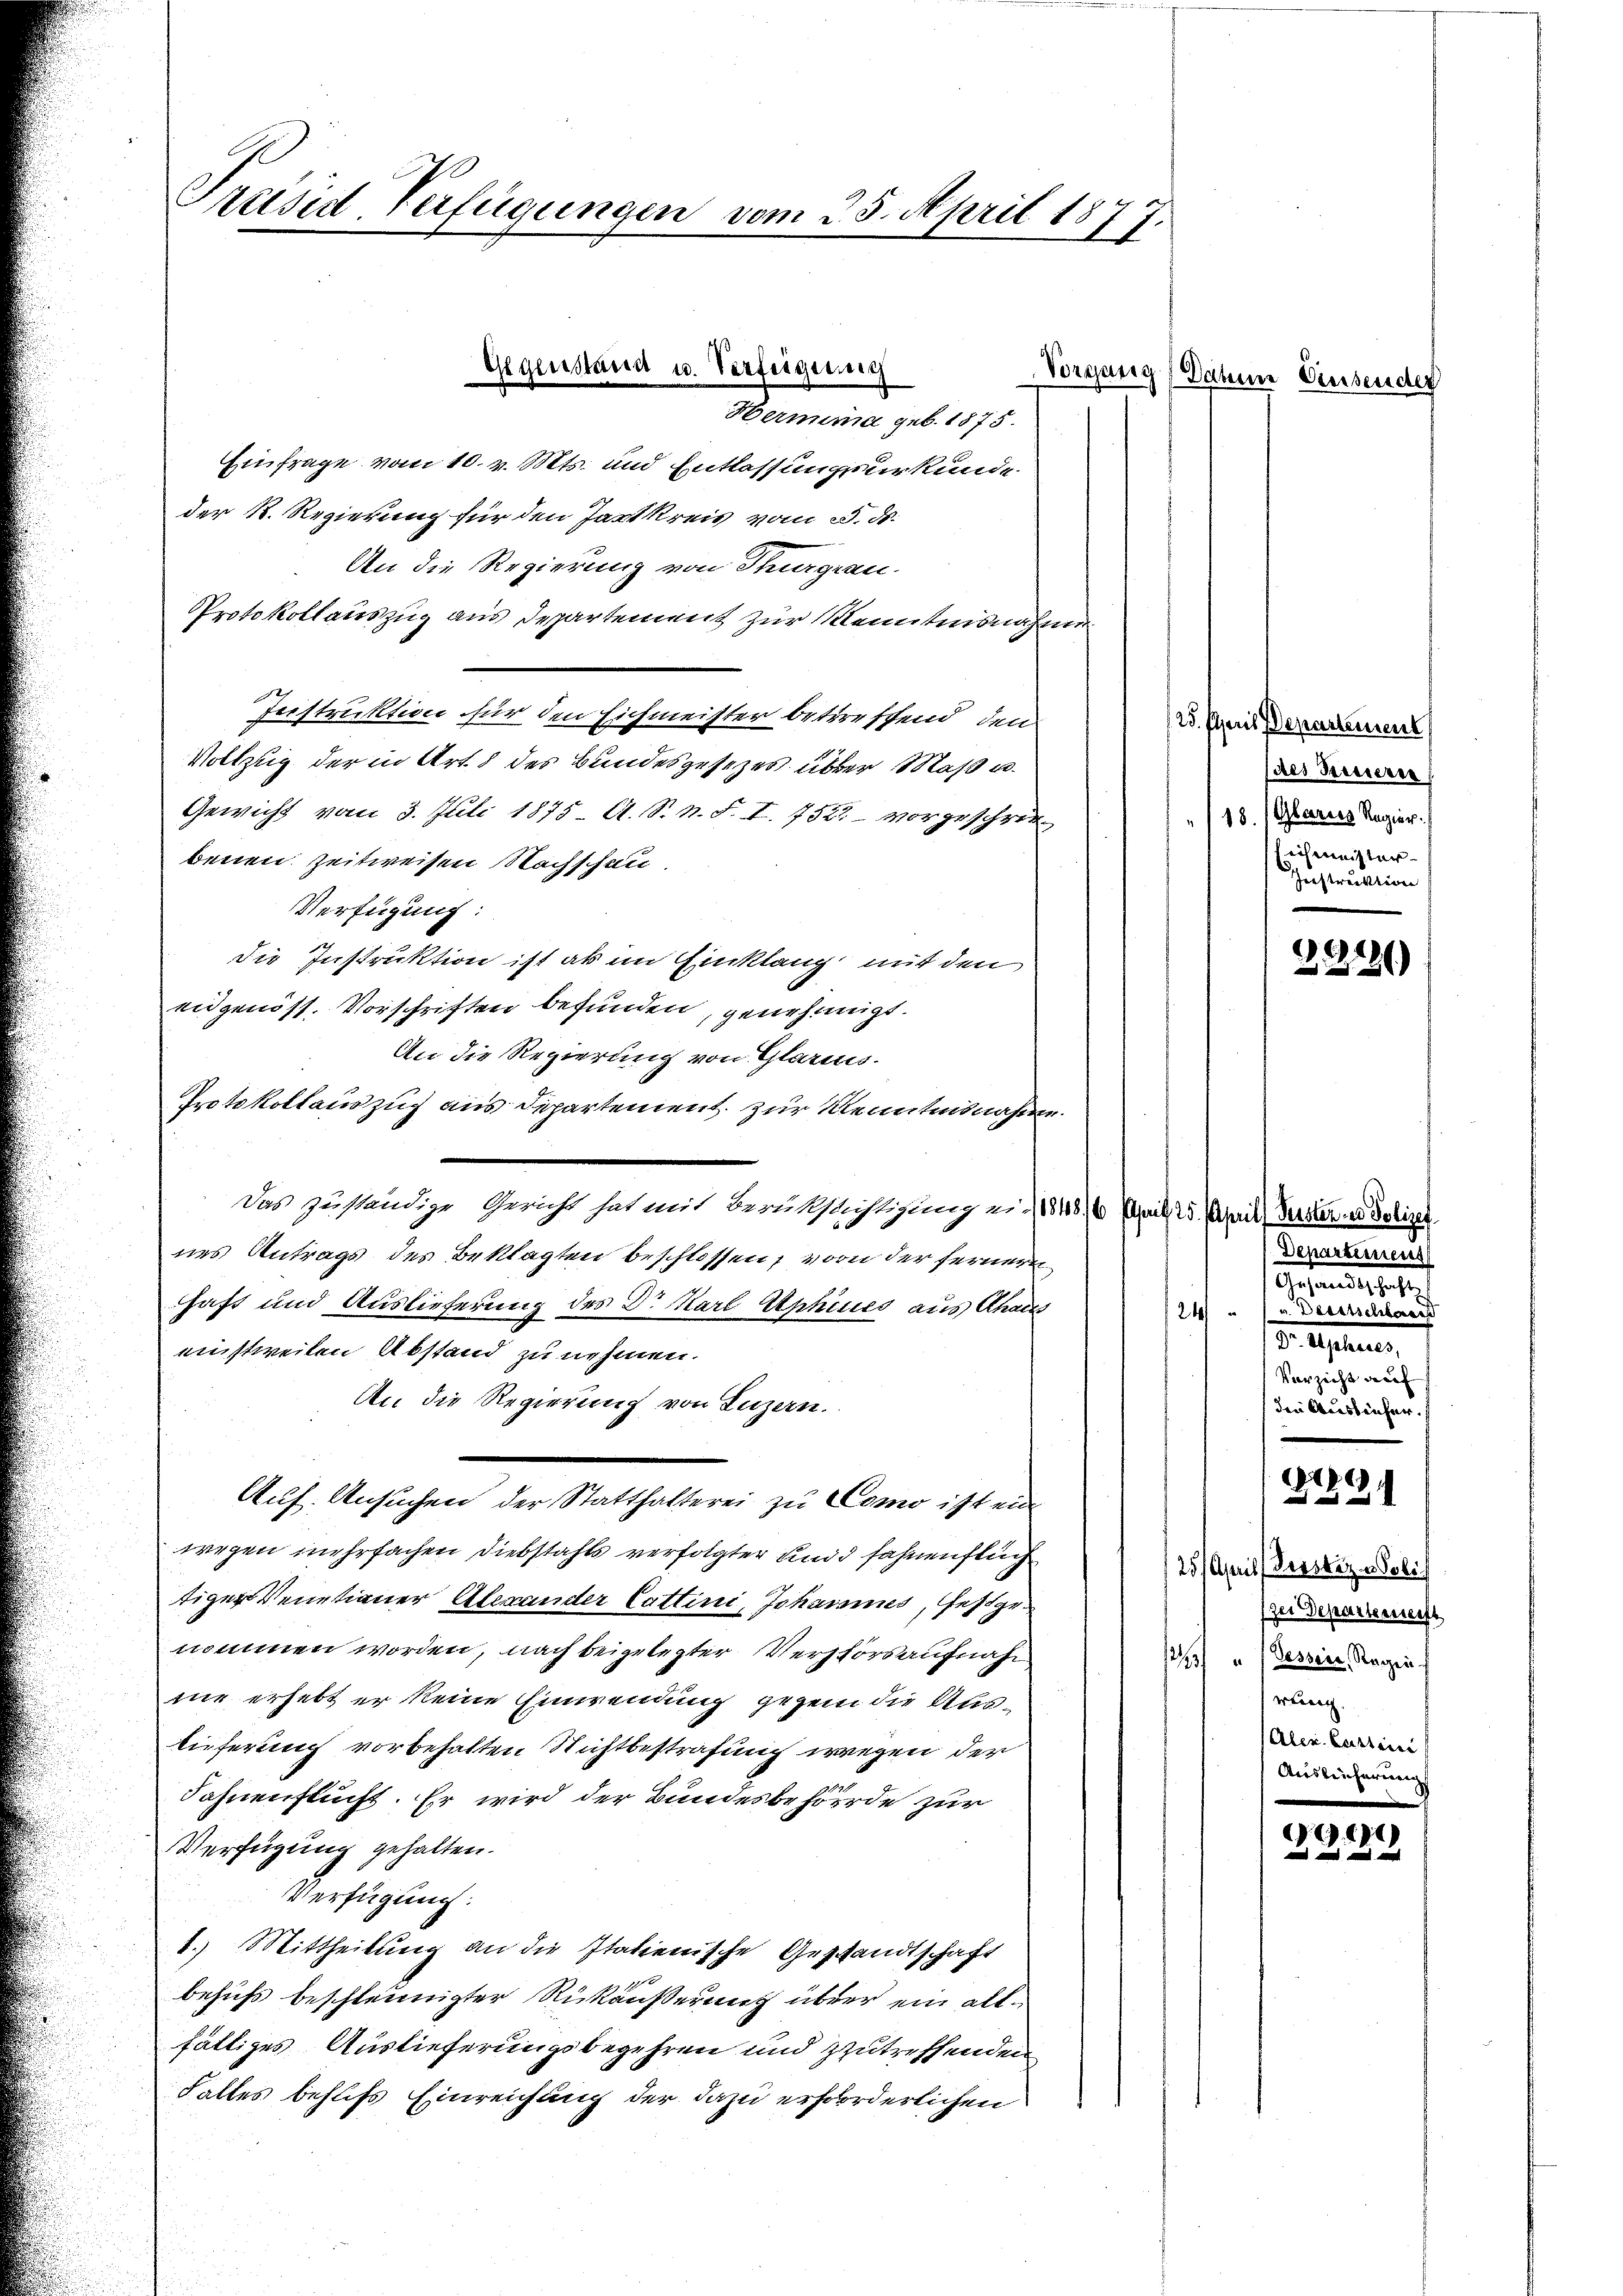
Preisid Verfügungen vom 25. April 1877.

Hermina geb. 1875.
Einfrage vom 10. v. Mts. und Entlassungsurkunde
der R. Regierung für den Hartkreis vom 25. ds.
An die Regierung von Thurgau
Protokollauszug aus Departement zur Kenntnisnahme
Instruktion für den Eichmeister betreffend den
Vollzug der in Art. 8 des Bundesgesezes über Maß u.
Gewicht vom 3. Juli 1875 A. S. n. F. I. 752 - vorgeschriebenen Zeitweisen Nachschau.
Verfügung:
die Instruktion ist als im Einklang mit den
eidgenöss. Vorschriften befunden, genehmigt.
An die Regierung von Glarus.
Protokollauszug aus Departement. zur Kenntnisnahmen.
Das zuständige Gericht hat mit Berüksichtigung u. 1848, 6 Zeit 25. April, Verster und Polizei.
nes Antrags des Beklagten beschlossen, von der fernern
haft und Auslieferung des Dr Karl Aphines aus Ahaus
24
einstweilen Abstand zu nehmen.
An die Regierung von Luzern.
Auf. Ansuchen der Statthalterei zu Como ist ein
weegen mehrfachen Diebstahls verfolgter und Fahnenflich
tiger Venetianer Alexander Cattini, Johannes, Gesige
nommen worden, nach beigelegter Verstors aufnahm
mie erhebt er keine Einwendung gegen die Aus-
lieferung vorbehalten Nichtbestrafung wegen der
Fahnenflucht. Er wird der Bundesbehörde zur
Verfügung gehalten.
Verfügung:
1.) Mittheilung an die Italienische Geschandtschaft
behufs beschleunigter Rückäußerung über ein allfältiges Auslieferungsbegehren und zutreffenden
Falles behufs Einreichung der dazu erforderlichen

Gegenstand u. Verfeigenng

Vorgang (Dahme Einsende

(25. Paris Departement
(des Bezieren
/18. Ghares Regier
ichmeister
Instruktion

.
2212)

Departement
Gesandt, betr.
u. Dessischbares
v. Uster,
Verzicht auf
den Ausliefer

g
2

25. April derstiz & Poli
zer Departensteift
12131 "Dessier, Ragin.
wir
Aler. Curtini
Auslieferung

.61
 und und mit